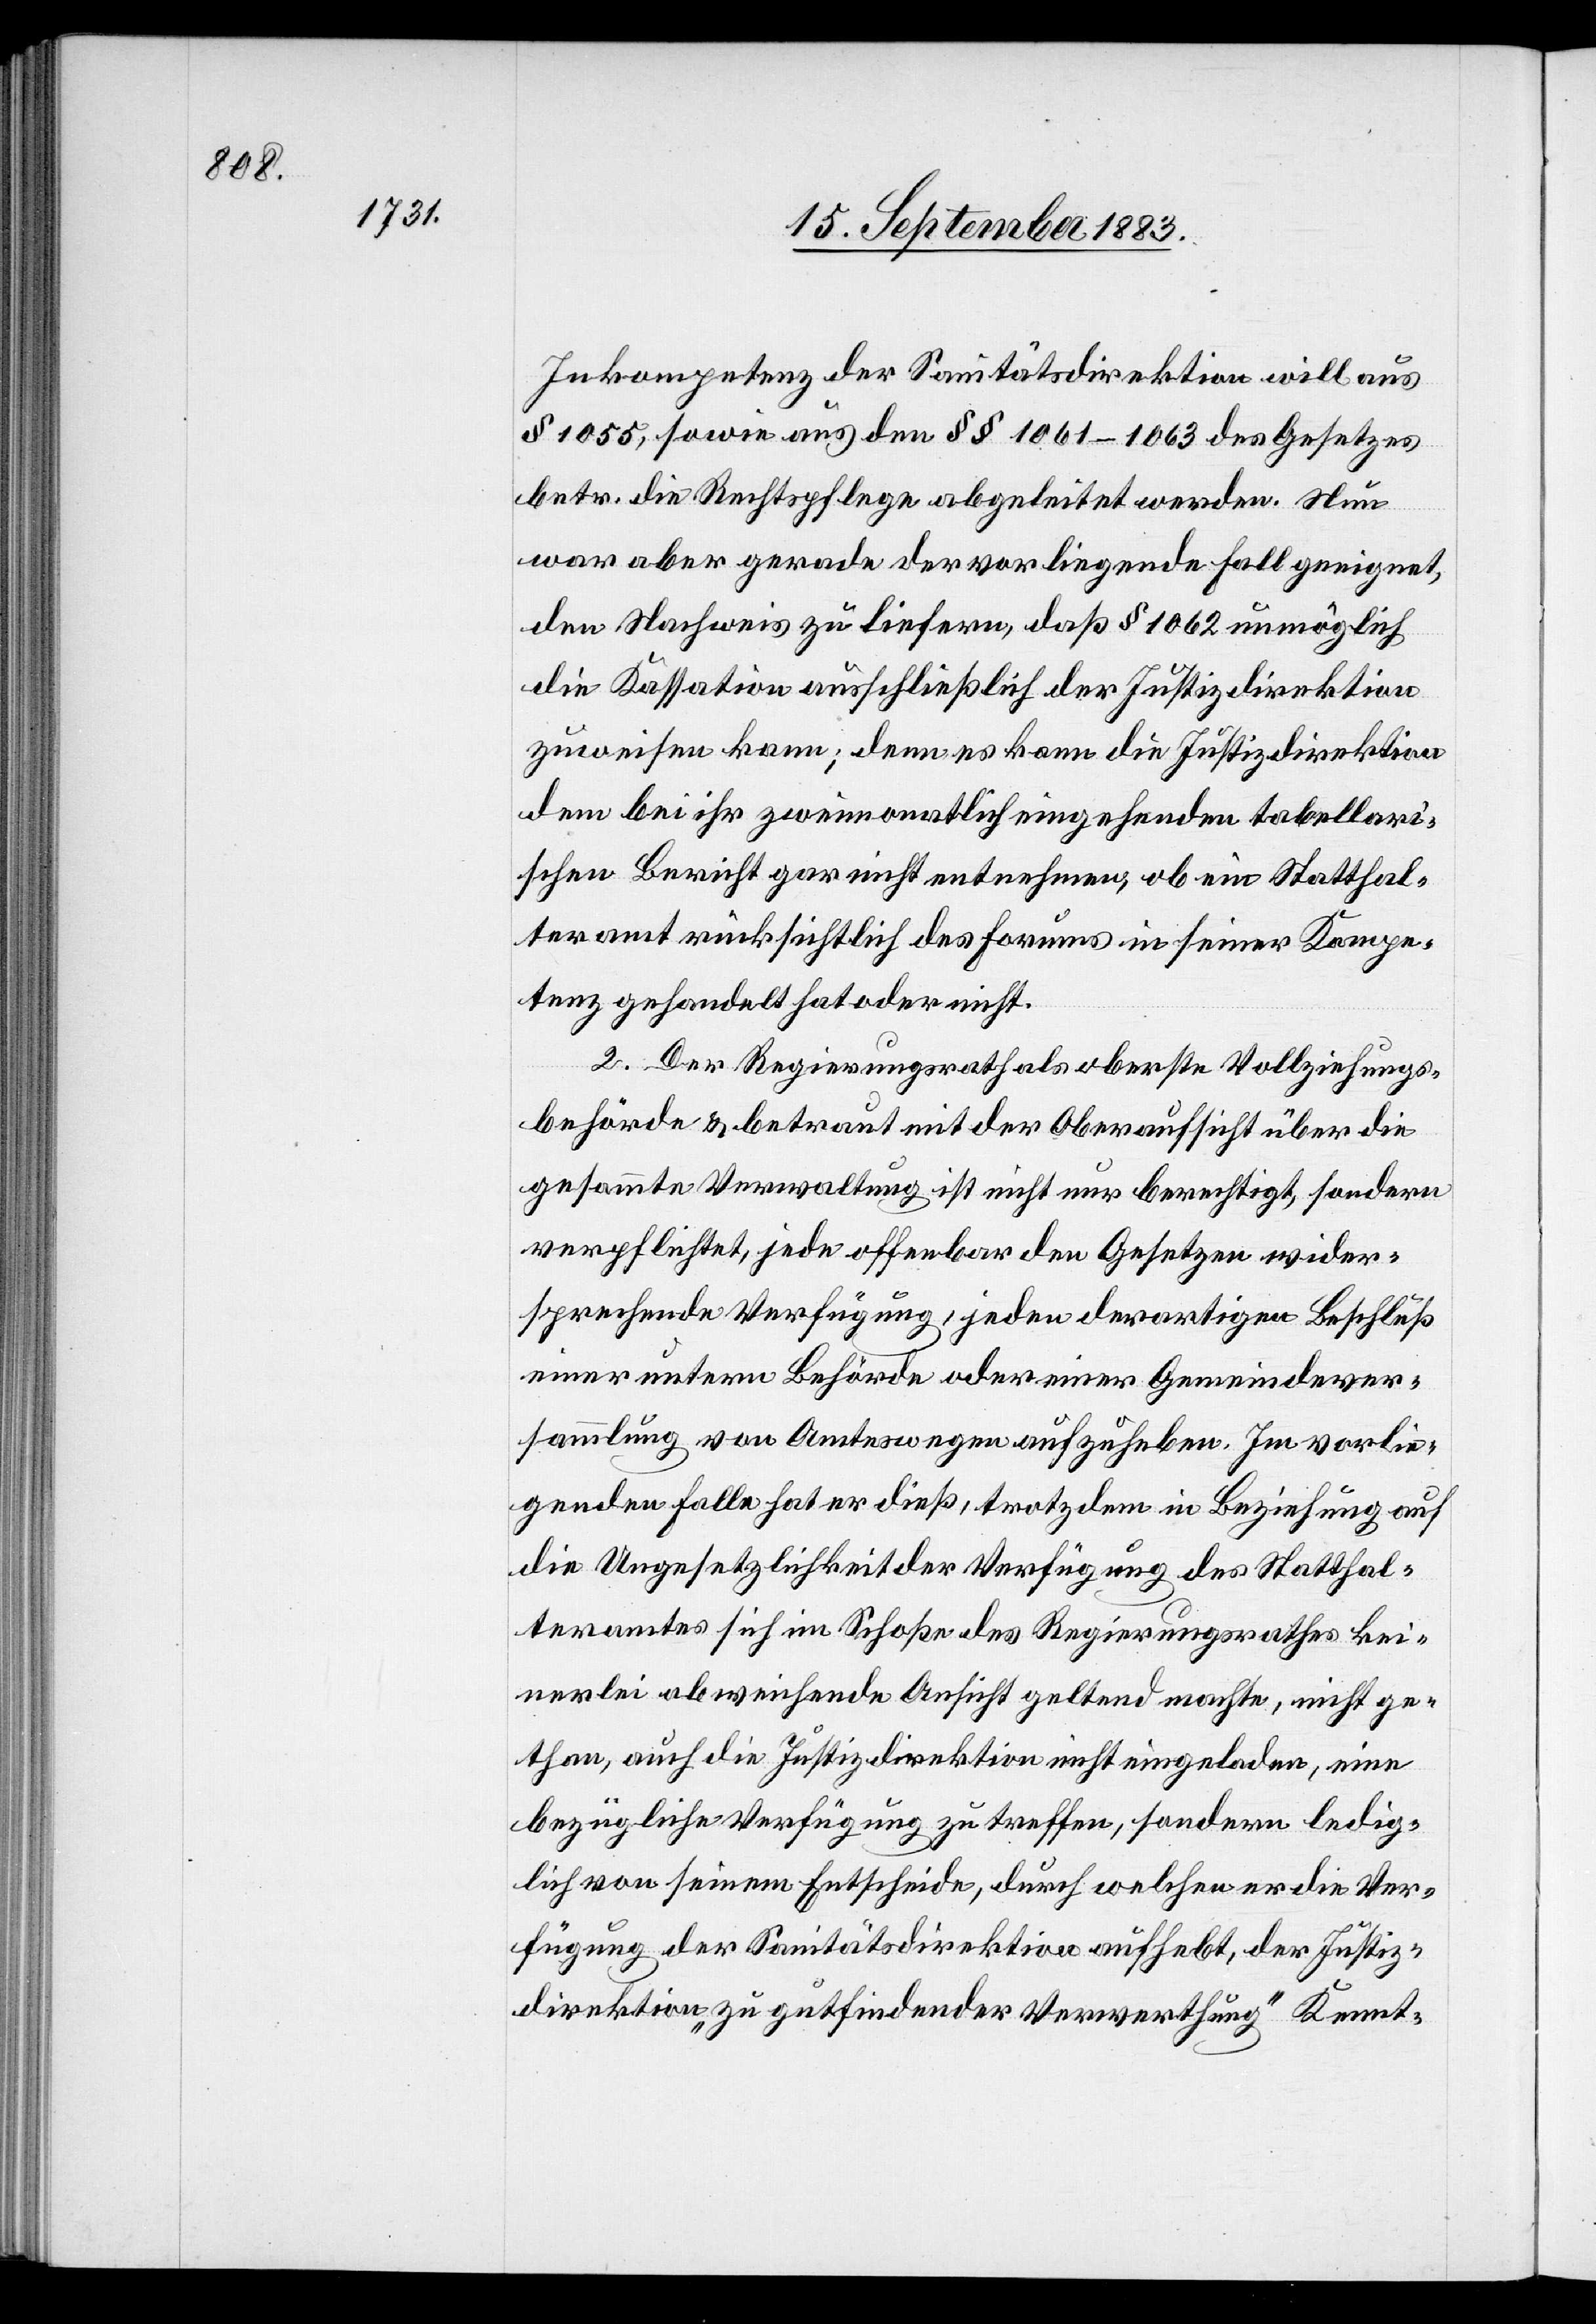
Inkompetenz der Sanitätsdirektion will aus
§ 1055, sowie aus den §§ 1061–1063 des Gesetzes
betr. die Rechtspflege abgeleitet werden. Nun
war aber gerade der vorliegende Fall geeignet,
den Nachweis zu liefern, daß § 1062 unmöglich
die Kassation ausschließlich der Justizdirektion
zuweisen kann; denn es kann die Justizdirektion
dem bei ihr zweimonatlich eingehenden tabellari¬
schen Bericht gar nicht entnehmen, ob ein Statthal¬
teramt rücksichtlich des Forums in seiner Kompe¬
tenz gehandelt hat oder nicht.
2. Der Regierungsrath als oberste Vollziehungs¬
behörde & betraut mit der Oberaufsicht über die
gesammte Verwaltung ist nicht nur berechtigt, sondern
verpflichtet, jede offenbar den Gesetzen wider¬
sprechende Verfügung, jeden derartigen Beschluß
einer untern Behörde oder einer Gemeindever¬
sammlung von Amtswegen aufzuheben. Im vorlie¬
genden Falle hat er dieß, trotzdem in Beziehung auf
die Ungesetzlichkeit der Verfügung des Statthal¬
teramtes sich im Schoße des Regierungsrathes kei¬
nerlei abweichende Ansicht geltend machte, nicht ge¬
than, auch die Justizdirektion nicht eingeladen, eine
bezügliche Verfügung zu treffen, sondern ledig¬
lich von seinem Entscheide, durch welchen er die Ver¬
fügung der Sanitätsdirektion aufhebt, der Justiz¬
direktion „zu gutfindender Verwerthung“ Kennt-